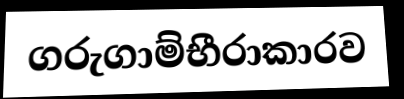
ගරුගාම්භීරාකාරව